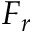
F _ { r }